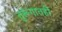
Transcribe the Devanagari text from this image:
तुरूंगातही